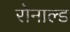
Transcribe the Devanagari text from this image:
रोनाल्‍ड